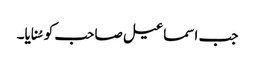
جب اسماعیل صاحب کو سُنایا۔